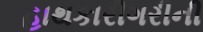
હાથકારીગરીની